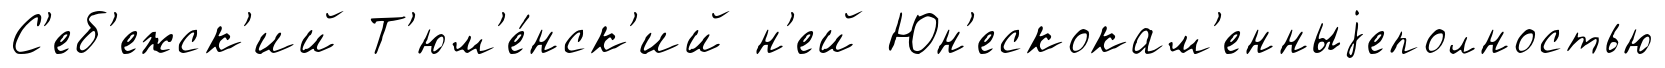
С'еб'ежск'ий Т'юм'е́нск'ий н'ей Юн'ескокам'енныjеполностью